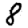
Digit: 8